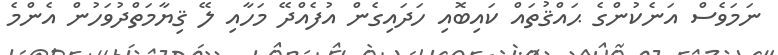
ނަމަވެސް އަނެކުންގެ ޙައްޤުތައް ކައިބޮއި ހަދައިގެން އުފެއްދޭ މަހާއި ލޭ ޤިޔާމަތްދުވަހުން އެންމެ